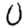
Digit: 0